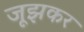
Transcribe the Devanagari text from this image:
जूझकर